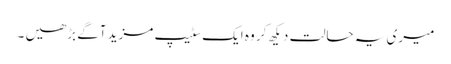
میری یہ حالت دیکھ کر وہ ایک سٹیپ مزید آگے بڑھیں ۔